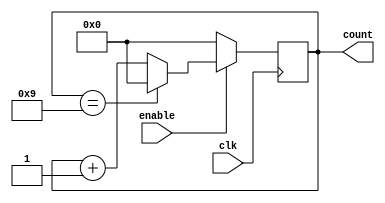
module BCD_Up_Counter (
    input wire clk,
    input wire enable,
    output reg [3:0] count
);

reg [3:0] count_next;

always @ (posedge clk) begin
    if (enable) begin
        if (count[3:0] == 4'b1001) begin
            count_next <= 4'b0000;
        end
        else begin
            count_next <= count[3:0] + 4'b0001;
        end
    end
    else begin
        count_next <= 4'b0000;
    end
end

always @* begin
    count = count_next;
end

endmodule